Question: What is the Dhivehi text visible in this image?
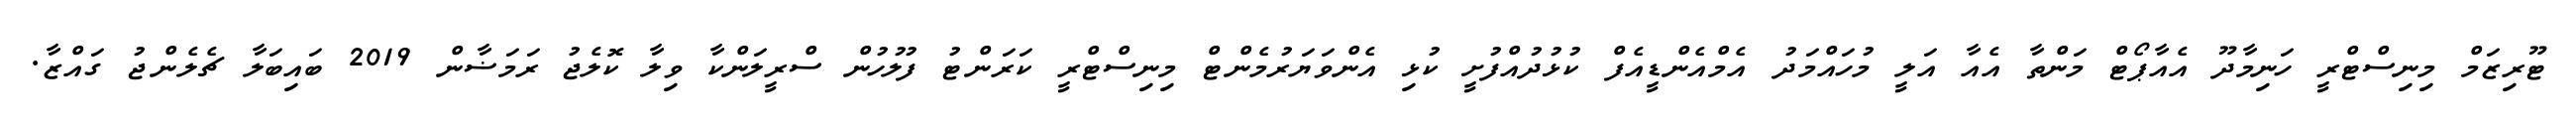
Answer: ޓޫރިޒަމް މިނިސްޓްރީ ހަނިމާދޫ އެއާޕޯޓް މަންތާ އެއާ އަލީ މުހައްމަދު އެމްއެންޑީއެފް ކުޅުދުއްފުށީ ކުޅި އެންވަޔަރުމެންޓް މިނިސްޓްރީ ކަރަންޓު ފުލުހުން ސްރީލަންކާ ވިލާ ކޮލެޖު ރަމަޟާން 2019 ބައިބަލާ ޗެލެންޖު ގައްޒާ.